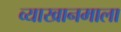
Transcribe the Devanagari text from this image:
व्याखानमाला